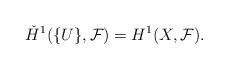
LaTeX: \begin{align*} \check{H}^1(\{U\},\mathcal F)=H^1(X,\mathcal F)\rlap{.} \end{align*}